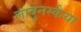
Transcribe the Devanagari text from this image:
लाबुनस्कैया